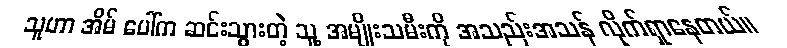
သူဟာ အိမ် ပေါ်က ဆင်းသွားတဲ့ သူ့ အမျိုးသမီးကို အသည်းအသန် လိုက်ရှာနေတယ်။